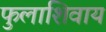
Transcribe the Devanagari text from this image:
फुलाशिवाय